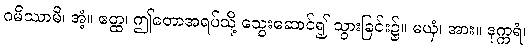
ဂမိဿာမိ၊ အံ့။ ဧတ္ထ၊ ဤတောအရပ်သို့ သွေးဆောင်၍ သွားခြင်း၌။ မယှံ၊ အား။ ဒုက္ကရံ၊